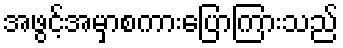
အဖွင့်အမှာစကားပြောကြားသည်